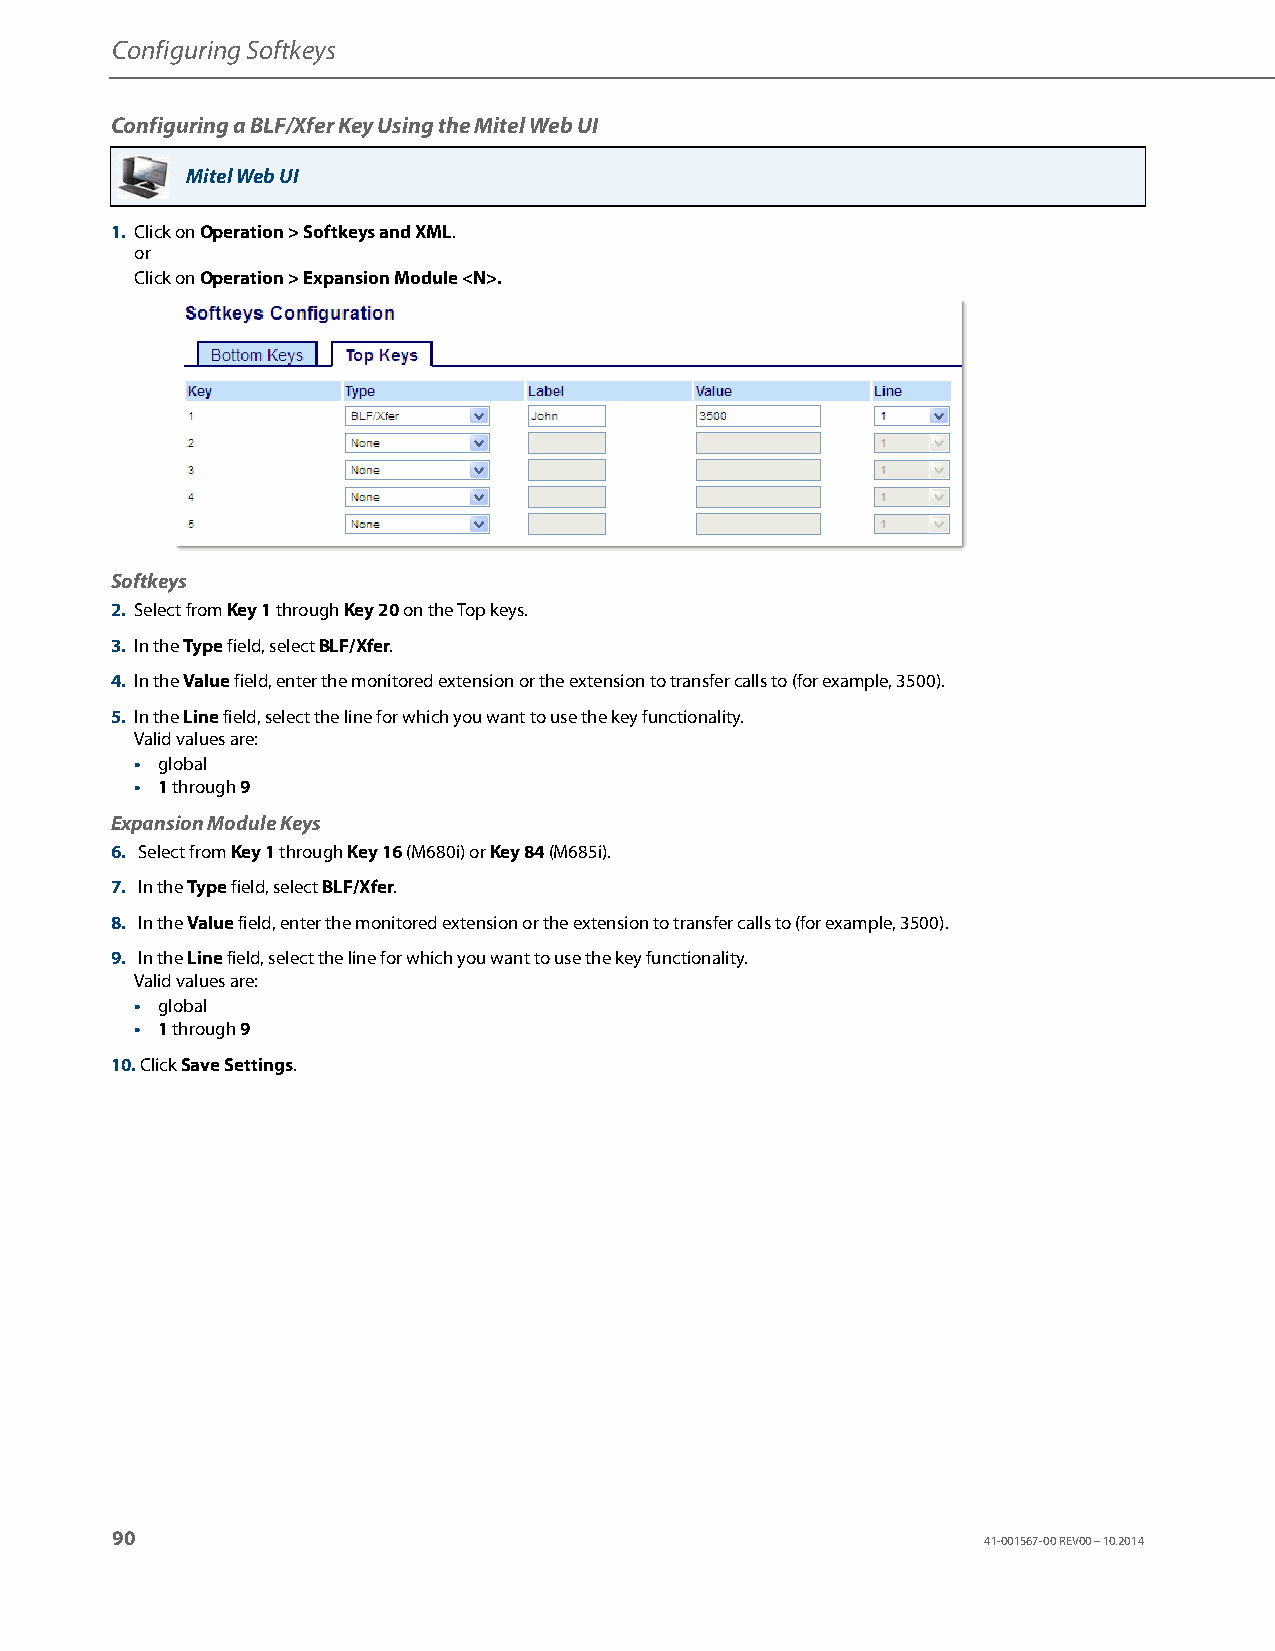
Configuring Softkeys
 Configuring a BLF/Xfer Key Using the Mitel Web UI
 Mitel Web UI
 1. Click on Operation > Softkeys and XML.
 or
 Click on Operation > Expansion Module <N>.
 Softkeys
 2. Select from Key 1 through Key 20 on the Top keys.
 3. In the Type field, select BLF/Xfer.
 4. In the Value field, enter the monitored extension or the extension to transfer calls to (for example, 3500).
 5. In the Line field, select the line for which you want to use the key functionality.
 Valid values are:
 • global
 • 1 through 9
 Expansion Module Keys
 6. Select from Key 1 through Key 16 (M680i) or Key 84 (M685i).
 7. In the Type field, select BLF/Xfer.
 8. In the Value field, enter the monitored extension or the extension to transfer calls to (for example, 3500).
 9. In the Line field, select the line for which you want to use the key functionality.
 Valid values are:
 • global
 • 1 through 9
 10. Click Save Settings.
 90
 41-001567-00 REV00 – 10.2014